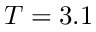
T = 3 . 1